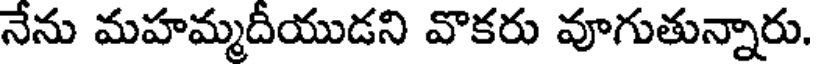
నేను మహమ్మదీయుడని వొకరు వూగుతున్నారు.